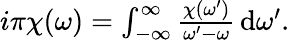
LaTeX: \begin{array}{r}{i\pi\chi(\omega)=\int_{-\infty}^{\infty}\frac{\chi(\omega^{\prime})}{\omega^{\prime}-\omega}\, \mathrm{d}\omega^{\prime}.}\end{array}